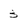
Character: 3